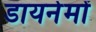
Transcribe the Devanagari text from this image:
डायनेमों